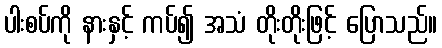
ပါးစပ်ကို နားနှင့် ကပ်၍ အသံ တိုးတိုးဖြင့် ပြောသည်။